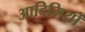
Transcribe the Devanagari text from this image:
आदिमियों